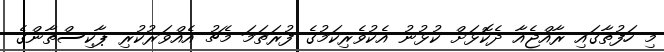
މި ހަފުތާގައި ރާއްޖެއާ ދެކޮޅަށް ކުޅުނު އެކުވެރިކަމުގެ ފުރަތަމަ މެޗު އެއްވަރުކުރި ޕާކިސްތާންގެ